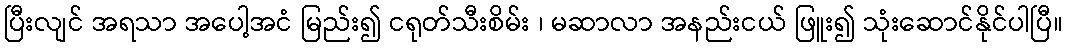
ပြီးလျင် အရသာ အပေါ့အငံ မြည်း၍ ငရုတ်သီးစိမ်း ၊ မဆာလာ အနည်းငယ် ဖြူး၍ သုံးဆောင်နိုင်ပါပြီ။